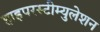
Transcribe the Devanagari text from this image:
हाइपरस्टीम्युलेशन